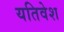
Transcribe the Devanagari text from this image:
यतिवेश